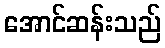
အောင်ဆန်းသည်